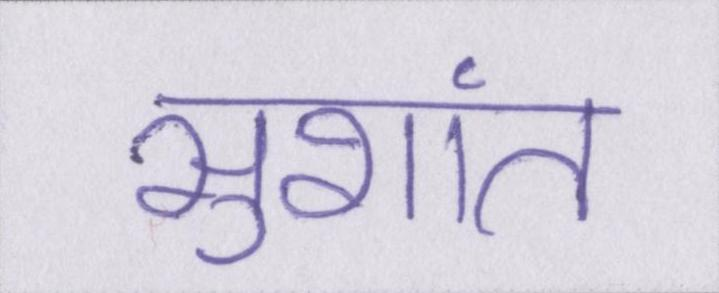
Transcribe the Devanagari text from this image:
सुशांत